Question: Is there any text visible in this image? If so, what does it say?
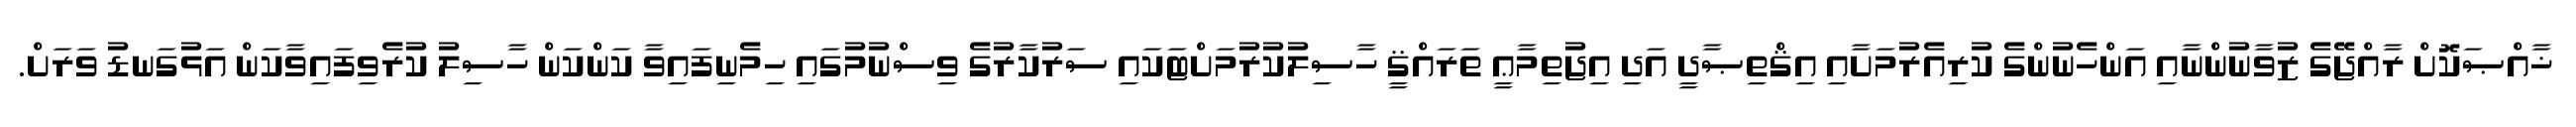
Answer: ޚާއްޞަކޮށް ރާއްޖޭގެ ޒުވާނުންނާއި އަންހެނުންގެ ކުރިއެރުމަށާއި އިޤްތިޞާދީ އަދި އިޖުތިމާޢީ ތަރައްޤީ ހާސިލުކުރުމަށްޓަކައި ސަރުކާރުގެ ވިސްނުމުގައި ހިމެނިފައިވާ ކަންކަން ހާސިލު ކުރެވިފައިވާކަން އަޅުގަނޑު ވަރަށް.